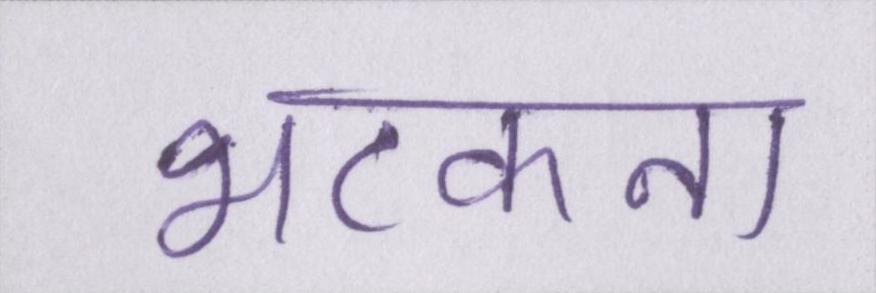
भटकना